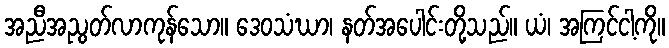
အညီအညွတ်လာကုန်သော။ ဒေဝသံဃာ၊ နတ်အပေါင်းတို့သည်။ ယံ၊ အကြင်ငါ့ကို။